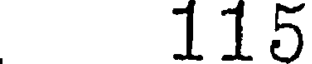
115